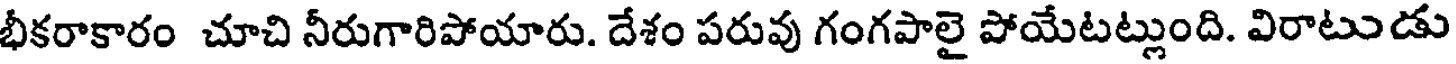
భీకరాకారం చూచి నీరుగారిపోయారు. దేశం పరువు గంగపాలై పోయేటట్లుంది. విరాటుడు